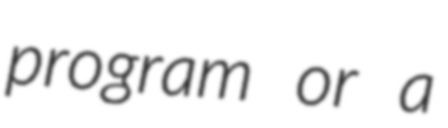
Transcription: program or a